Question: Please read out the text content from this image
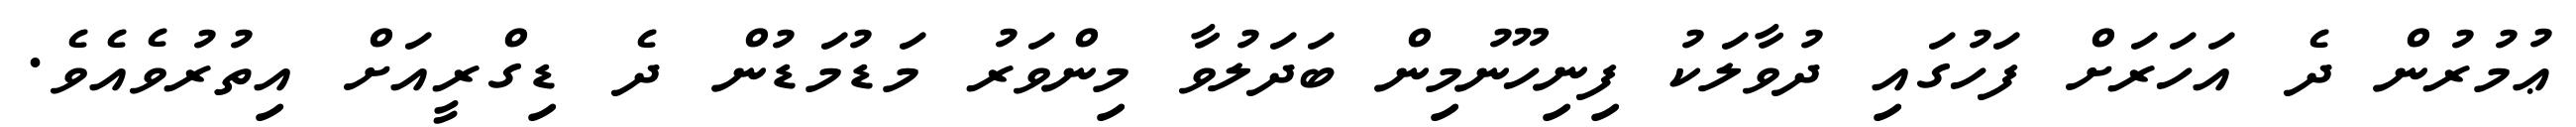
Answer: ޢުމުރުން ދެ އަހަރަށް ފަހުގައި ދުވާލަކު ފިނިހޫނުމިން ބަދަލުވާ މިންވަރު މަޑުމަޑުން ދެ ޑިގްރީއަށް އިތުރުވެއެވެ.